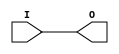
module IBUFG_HSTL_I_DCI_18 (O, I);

    output O;

    input  I;

	buf B1 (O, I);


endmodule